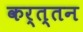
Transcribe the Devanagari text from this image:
कर्त्तन